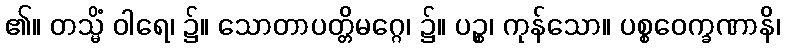
၏။ တသ္မိံ ဝါရေ၊ ၌။ သောတာပတ္တိမဂ္ဂေ၊ ၌။ ပဉ္စ၊ ကုန်သော။ ပစ္စဝေက္ခဏာနိ၊